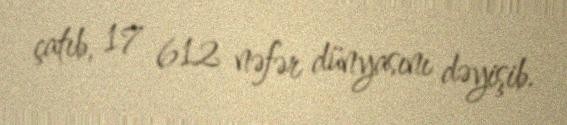
çatıb, 17 612 nəfər dünyasını dəyişib.